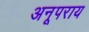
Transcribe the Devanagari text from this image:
अनूपराय